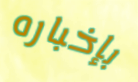
بإخباره